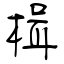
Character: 楫